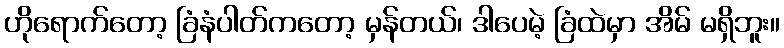
ဟိုရောက်တော့ ခြံနံပါတ်ကတော့ မှန်တယ်၊ ဒါပေမဲ့ ခြံထဲမှာ အိမ် မရှိဘူး။